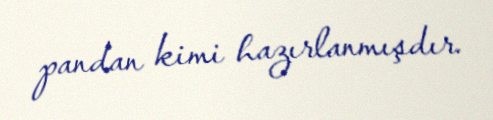
pandan kimi hazırlanmışdır.